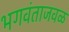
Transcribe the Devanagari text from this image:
भगवंताजवळ